Indian journal of veterinary science and animal husbandry - Volume 7,
Year: 1937
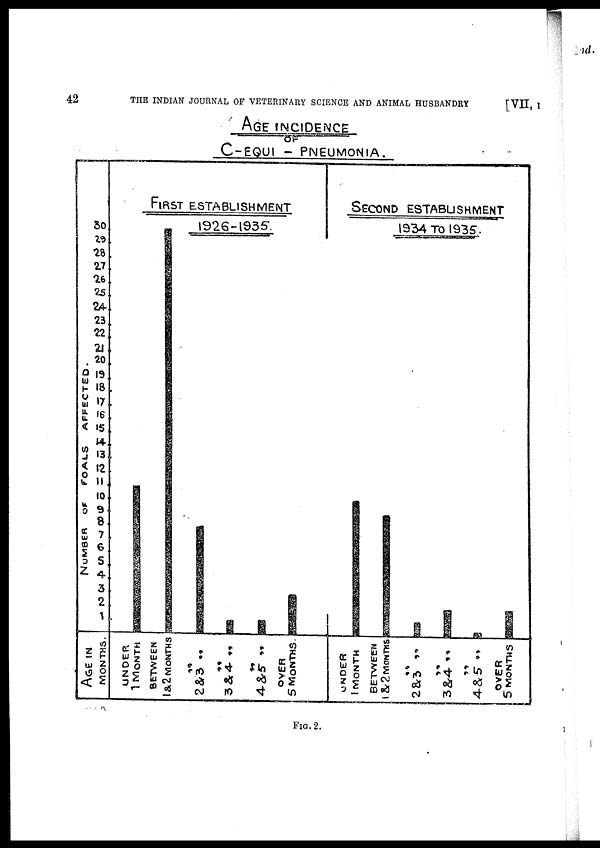
42
THE INDIAN JOURNAL OF VETERINARY SCIENCE AND ANIMAL HUSBANDRY
[VII, I
FIG.2